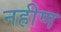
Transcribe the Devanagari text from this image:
नहीण